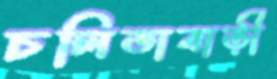
চলিতাবাড়ী